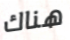
هناك